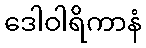
ဒေါဝါရိကာနံ